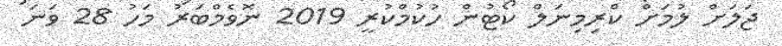
ޖަލަށް ލުމަށް ކްރިމިނަލް ކޯޓުން ހުކުމްކުރީ 2019 ނޮވެމްބަރު މަހު 28 ވަނަ